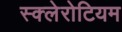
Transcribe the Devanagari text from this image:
स्क्लेरोटियम